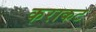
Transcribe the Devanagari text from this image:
कराकट